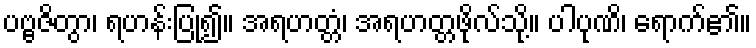
ပဗ္ဗဇိတွာ၊ ရဟန်းပြု၍။ အရဟတ္တံ၊ အရဟတ္တဖိုလ်သို့။ ပါပုဏိ၊ ရောက်၏။